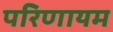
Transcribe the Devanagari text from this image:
परिणायम